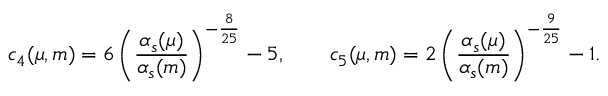
c _ { 4 } ( \mu , m ) = 6 \left( \displaystyle \frac { \alpha _ { s } ( \mu ) } { \alpha _ { s } ( m ) } \right) ^ { - { \frac { 8 } { 2 5 } } } - 5 , ~ ~ ~ ~ ~ ~ c _ { 5 } ( \mu , m ) = 2 \left( \displaystyle \frac { \alpha _ { s } ( \mu ) } { \alpha _ { s } ( m ) } \right) ^ { - { \frac { 9 } { 2 5 } } } - 1 .